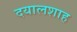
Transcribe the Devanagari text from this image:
दयालशाह